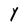
Character: Y